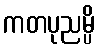
ကတပုညမ္ပိ